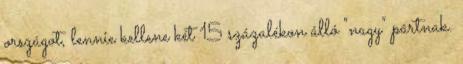
országot, lennie kellene két 15 százalékon álló "nagy" pártnak.